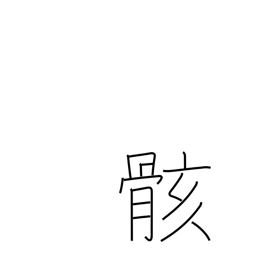
Meaning: body